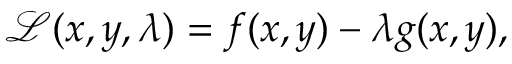
{ \mathcal { L } } ( x , y , \lambda ) = f ( x , y ) - \lambda g ( x , y ) ,